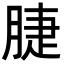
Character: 脻